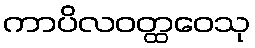
ကာပိလဝတ္ထဝေသု